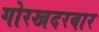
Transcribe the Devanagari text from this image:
गोरखदरबार